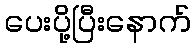
ပေးပို့ပြီးနောက်